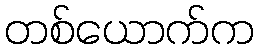
တစ်ယောက်က